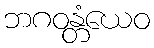
ဘဂဝန္တံယေဝ